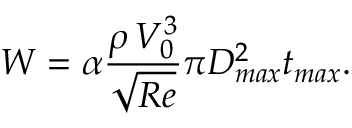
W = \alpha \frac { \rho \, V _ { 0 } ^ { 3 } } { \sqrt { R e } } \pi D _ { m a x } ^ { 2 } t _ { m a x } .